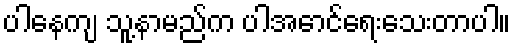
ပါနေကျ သူ့နာမည်က ပါအောင်ရေးသေးတာပါ။